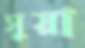
সুয়া